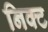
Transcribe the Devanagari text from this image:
निक्ट